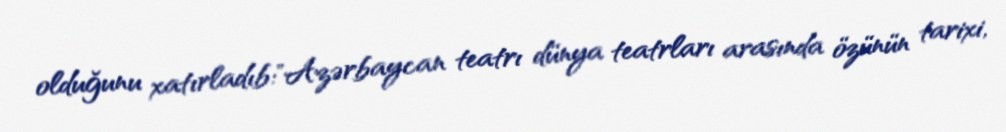
olduğunu xatırladıb:"Azərbaycan teatrı dünya teatrları arasında özünün tarixi,